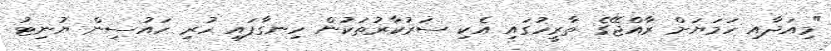
"މިއަދާއި ހަމަޔަށް ރާއްޖޭގެ ތާރީހުގައި އެކި ސަރުކާރުތަކުން ހިނގާފައި ހުރި ހައުސިން ޔުނިޓު